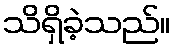
သိရှိခဲ့သည်။